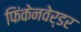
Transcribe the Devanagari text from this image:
फिंकेनवेर्डर